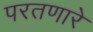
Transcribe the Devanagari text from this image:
परतणारे